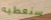
سنعطيه